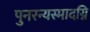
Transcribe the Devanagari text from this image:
पुनरन्यस्मादग्नि